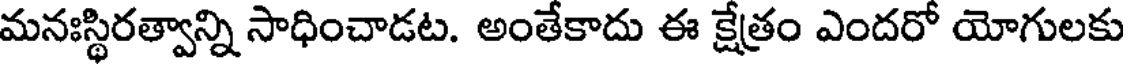
మనఃస్థిరత్వాన్ని సాధించాడట. అంతేకాదు ఈ క్షేత్రం ఎందరో యోగులకు